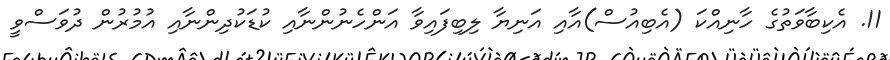
11. އެކިބާވަތުގެ ހާނިއްކަ (އެބިއުސް)އާއި އަނިޔާ ލިބިފައިވާ އަންހެނުންނާއި ކުޑަކުދިންނާއި އުމުރުން ދުވަސްވީ